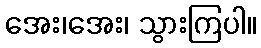
အေး၊အေး၊ သွားကြပါ။